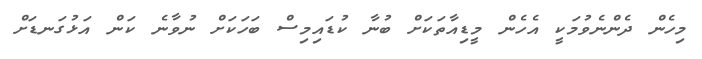
މިހެން ދެންނެވުމަކީ އެހެން މީޑިއާތަކަށް ބުނާ ކުޑައިމިސް ބަހަކަށް ނުވާނެ ކަން އަޅުގަނޑަށް